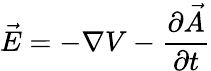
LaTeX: {\vec{E}}=-\nabla V-{\frac{\partial{\vec{A}}}{\partial t}}